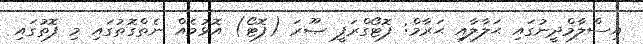
އިސްލާމްދީނުގައި ޙަލާލާއި ޙަރާމް: ފޮޓޯގްރަފީ ޞޫރަ (ފޮޓޯ) އޮޅުމެއް ނެތްގޮތުގައި މި ފޮތުގައި